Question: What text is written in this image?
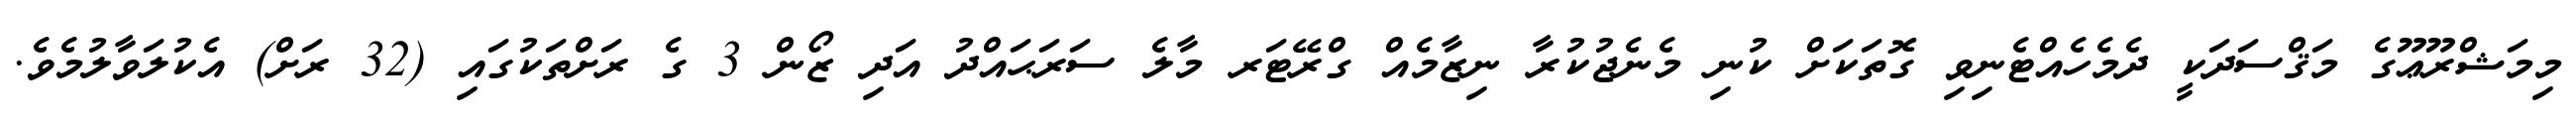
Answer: މިމަޝްރޫޢޫގެ މަޤްސަދަކީ ދެމެހެއްޓެނިވި ގޮތަކަށް ކުނި މެނެޖުކުރާ ނިޒާމެއް ގްރޭޓަރ މާލެ ސަރަޙައްދު އަދި ޒޯން 3 ގެ ރަށްތަކުގައި (32 ރަށް) އެކުލަވާލުމެވެ.